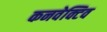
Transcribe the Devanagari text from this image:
कनवेक्टिव